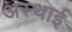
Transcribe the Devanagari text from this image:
अस्‍थाई